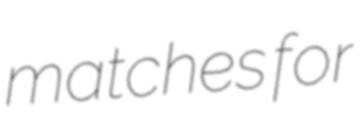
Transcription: matches for